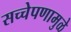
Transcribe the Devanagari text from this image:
सच्चेपणामुळे